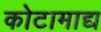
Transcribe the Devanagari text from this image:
कोटामाद्य